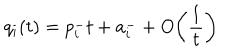
LaTeX: q _ { i } ( t ) = p _ { i } ^ { - } t + a _ { i } ^ { - } + O \biggl ( \frac { 1 } { t } \biggr )